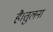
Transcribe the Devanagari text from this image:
है।तुलना